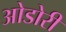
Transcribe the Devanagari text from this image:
ओडोरी